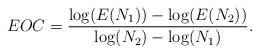
LaTeX: \begin{align*}EOC = \frac{\log(E(N_1))-\log(E(N_2))}{\log(N_2)-\log(N_1)}.\end{align*}